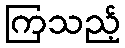
ကြသည့်